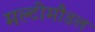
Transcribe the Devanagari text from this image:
मल्टीमौडल